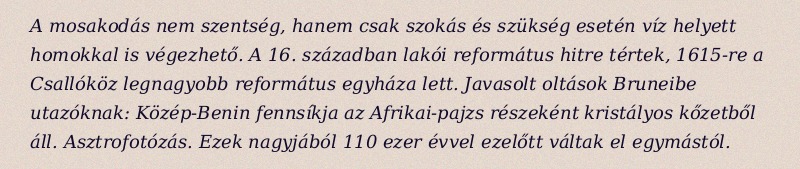
A mosakodás nem szentség, hanem csak szokás és szükség esetén víz helyett homokkal is végezhető. A 16. században lakói református hitre tértek, 1615-re a Csallóköz legnagyobb református egyháza lett. Javasolt oltások Bruneibe utazóknak: Közép-Benin fennsíkja az Afrikai-pajzs részeként kristályos kőzetből áll. Asztrofotózás. Ezek nagyjából 110 ezer évvel ezelőtt váltak el egymástól.